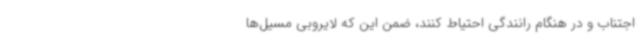
اجتناب و در هنگام رانندگی احتیاط کنند، ضمن این که لایروبی مسیل‌ها